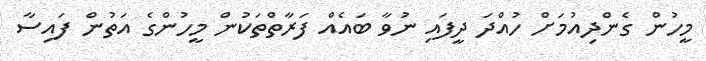
މީހުން ގެންދިއުމަށް ހުއްދަ ދީފައި ނުވާ ބައެއް ފަރާތްތަކުން މީހުންގެ އަތުން ފަައިސާ